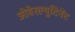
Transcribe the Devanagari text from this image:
ओबेरल्युटिनेंट